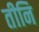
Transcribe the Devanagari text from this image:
तीनि